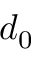
d _ { 0 }